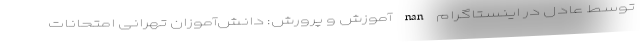
توسط عادل در اینستاگرام nan آموزش و پرورش: دانش‌آموزان تهرانی امتحانات